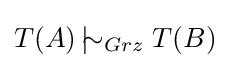
T(A)\,|\!\!\!\sim _{Grz}T(B)